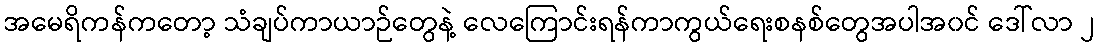
အမေရိကန်ကတော့ သံချပ်ကာယာဉ်တွေနဲ့ လေကြောင်းရန်ကာကွယ်ရေးစနစ်တွေအပါအ၀င် ဒေါ်လာ ၂